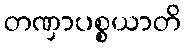
တဏှာပစ္စယာတိ